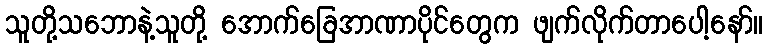
သူတို့သဘောနဲ့သူတို့ အောက်ခြေအာဏာပိုင်တွေက ဖျက်လိုက်တာပေါ့နော်။